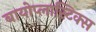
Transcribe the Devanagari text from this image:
बायोप्लास्टिक्स